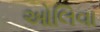
ઓલિવા